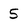
Character: 5